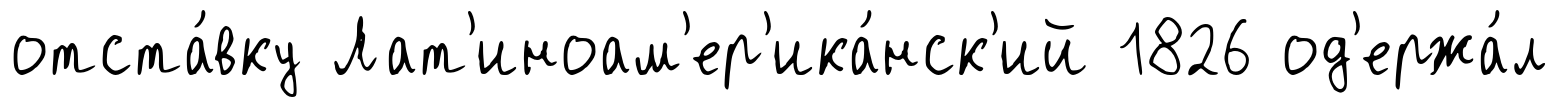
отста́вку Лат'иноам'ер'ика́нск'ий 1826 од'ержа́л